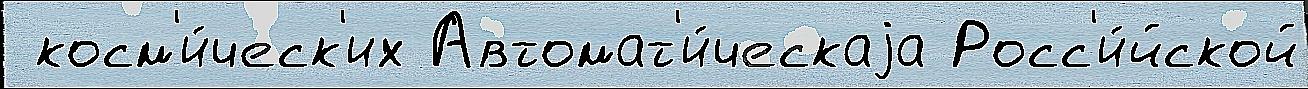
 косм'и́ческ'их Автомат'и́ческаjа Росс'и́йской